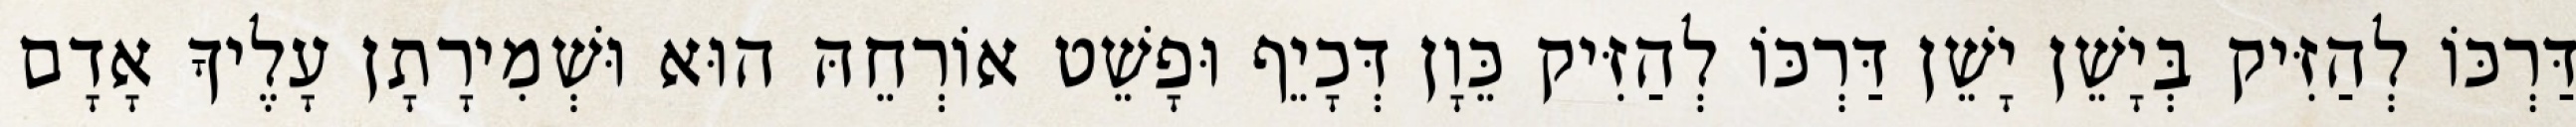
דַּרְכּוֹ לְהַזִּיק בְּיָשֵׁן יָשֵׁן דַּרְכּוֹ לְהַזִּיק כֵּוָן דְּכָיֵף וּפָשֵׁט אוֹרְחֵהּ הוּא וּשְׁמִירָתָן עָלֶיךָ אָדָם